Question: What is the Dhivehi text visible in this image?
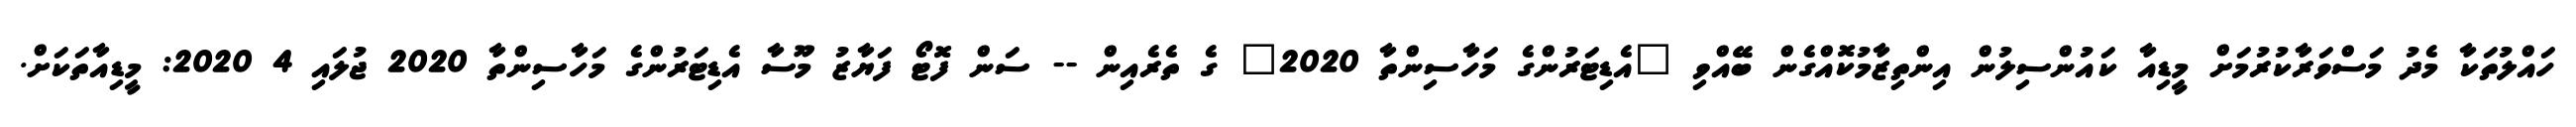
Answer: ހައްލުތަކާ މެދު މަސްވަރާކުރުމަށް މީޑިއާ ކައުންސިލުން އިންތިޒާމުކޮއްގެން ބޭއްވި "އެޑިޓަރުންގެ މަހާސިންތާ 2020" ގެ ތެރެއިން -- ސަން ފޮޓޯ ފަޔާޒު މޫސާ އެޑިޓަރުންގެ މަހާސިންތާ 2020 ޖުލައި 4 2020: މީޑިއާތަކަށް.